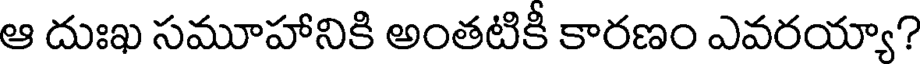
ఆ దుఃఖ సమూహానికి అంతటికీ కారణం ఎవరయ్యా?